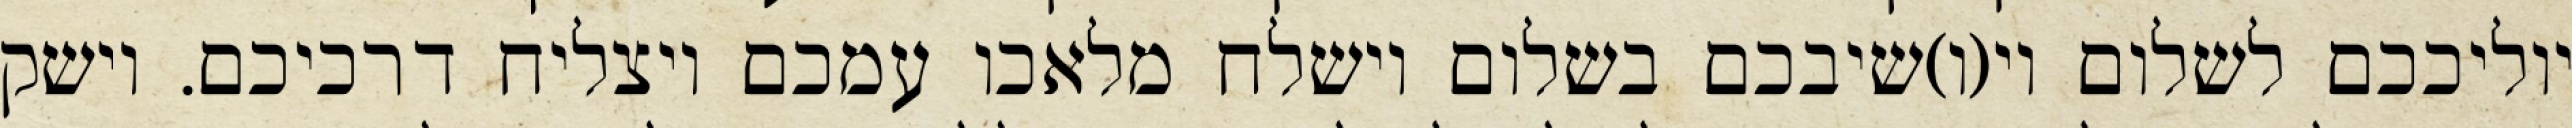
יוליככם לשלום וי(ו)שיבכם בשלום וישלח מלאכו עמכם ויצליח דרכיכם. וישק